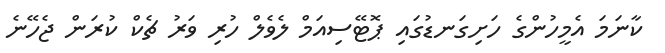
ކާނަމަ އެމީހުންގެ ހަށިގަނޑުގައި ޕޮޓޭސިއަމް ލެވެލް ހުރި ވަރު ޗެކް ކުރަން ޖެހޭނެ